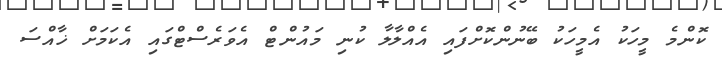
ކޮންމެ މީހަކު އެމީހަކު ބޭނުންކޮށްފައި އެއްލާލާ ކުނި މައުންޓް އެވަރެސްޓްގައި އެކަމަށް ޚާއްސަ